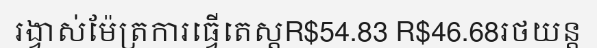
រង្វាស់ម៉ែត្រការធ្វើតេស្តR$54.83 R$46.68រថយន្ត